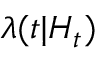
\lambda ( t | H _ { t } )